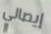
إيصالي